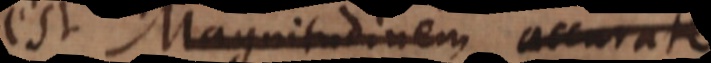
est Magnitudinem accurate